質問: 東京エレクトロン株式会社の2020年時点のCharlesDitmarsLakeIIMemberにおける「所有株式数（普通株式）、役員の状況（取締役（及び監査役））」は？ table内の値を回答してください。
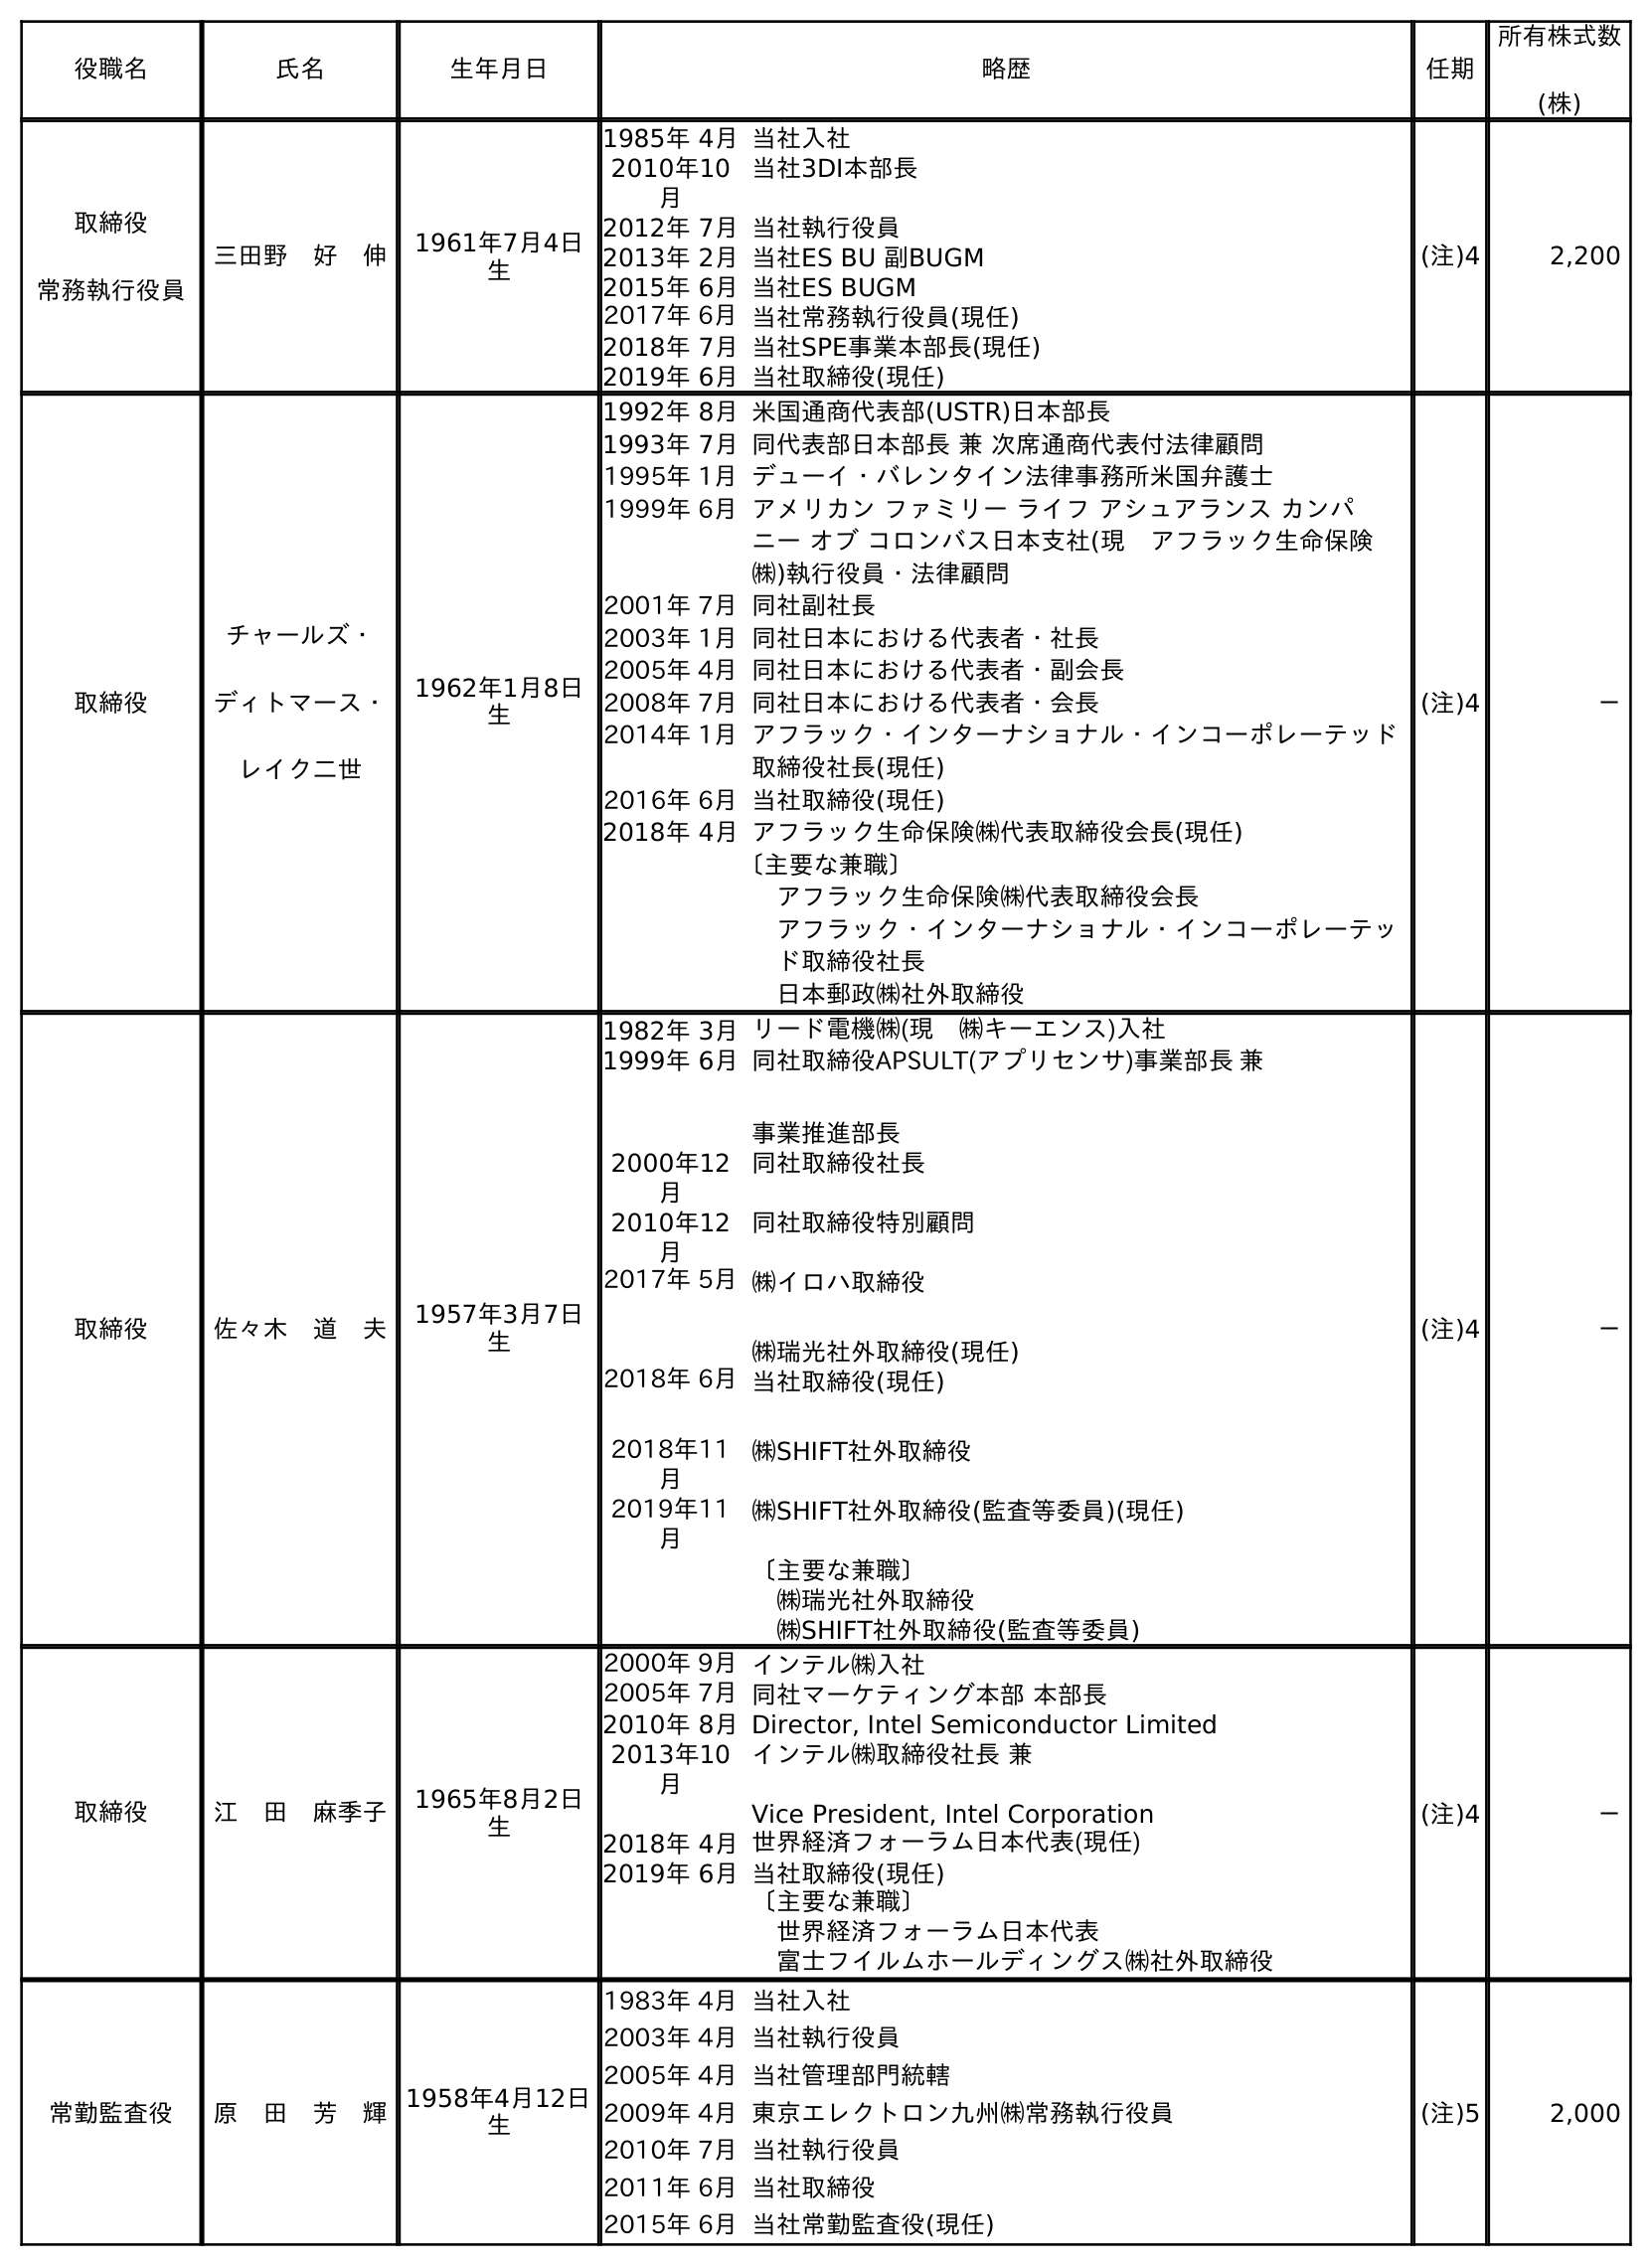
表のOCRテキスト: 役職名 氏名 生年月日 略歴 任期 所有株式数 (株) 取締役 常務執行役員 三田野 好 伸 1961年7月4日 生 1985年 4月当社入社 2010年10 月 当社3DI本部長 2012年 7月当社執行役員 2013年 2月当社ES BU 副BUGM 2015年 6月当社ES BUGM 2017年 6月当社常務執行役員(現任) 2018年 7月当社SPE事業本部長(現任) 2019年 6月当社取締役(現任) (注)4 2,200 取締役 チャールズ・ ディトマース・ レイク二世 1962年1月8日 生 1992年 8月米国通商代表部(USTR)日本部長 1993年 7月同代表部日本部長 兼 次席通商代表付法律顧問 1995年 1月デューイ・バレンタイン法律事務所米国弁護士 1999年 6月アメリカン ファミリー ライフ アシュアランス カンパ ニー オブ コロンバス日本支社(現 アフラック生命保険 ㈱)執行役員・法律顧問 2001年 7月同社副社長 2003年 1月同社日本における代表者・社長 2005年 4月同社日本における代表者・副会長 2008年 7月同社日本における代表者・会長 2014年 1月アフラック・インターナショナル・インコーポレーテッド 取締役社長(現任) 2016年 6月当社取締役(現任) 2018年 4月アフラック生命保険㈱代表取締役会長(現任) 〔主要な兼職〕 アフラック生命保険㈱代表取締役会長 アフラック・インターナショナル・インコーポレーテッ ド取締役社長 日本郵政㈱社外取締役 (注)4 － 取締役 佐々木 道 夫 1957年3月7日 生 1982年 3月リード電機㈱(現 ㈱キーエンス)入社 1999年 6月同社取締役APSULT(アプリセンサ)事業部長 兼 事業推進部長 2000年12 月 同社取締役社長 2010年12 月 同社取締役特別顧問 2017年 5月㈱イロハ取締役 ㈱瑞光社外取締役(現任) 2018年 6月 2018年11 月 当社取締役(現任) ㈱SHIFT社外取締役 2019年11 月 ㈱SHIFT社外取締役(監査等委員)(現任) 〔主要な兼職〕 ㈱瑞光社外取締役 ㈱SHIFT社外取締役(監査等委員) (注)4 － 取締役 江 田 麻季子 1965年8月2日 生 2000年 9月インテル㈱入社 2005年 7月同社マーケティング本部 本部長 2010年 8月Director, Intel Semiconductor Limited 2013年10 月 インテル㈱取締役社長 兼 Vice President, Intel Corporation 2018年 4月世界経済フォーラム日本代表(現任) 2019年 6月当社取締役(現任) 〔主要な兼職〕 世界経済フォーラム日本代表 富士フイルムホールディングス㈱社外取締役 (注)4 － 常勤監査役 原 田 芳 輝1958年4月12日 生 1983年 4月当社入社 2003年 4月当社執行役員 2005年 4月当社管理部門統轄 2009年 4月東京エレクトロン九州㈱常務執行役員 2010年 7月当社執行役員 2011年 6月当社取締役 2015年 6月当社常勤監査役(現任) (注)5 2,000
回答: －